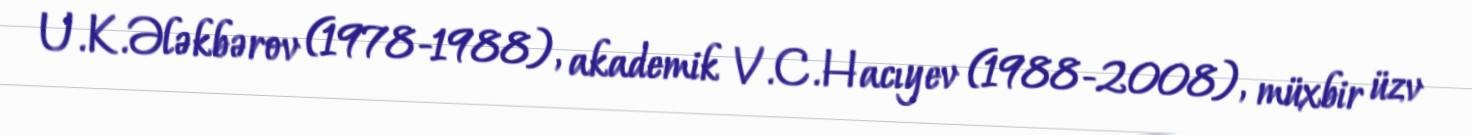
U.K.Ələkbərov (1978-1988), akademik V.C.Hacıyev (1988-2008), müxbir üzv